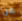
عن